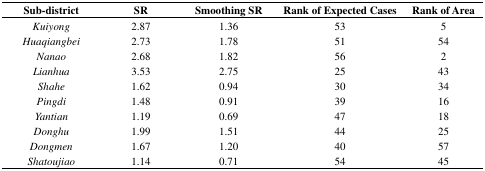
| Sub-district | SR | Smoothing SR | Rank of Expected Cases | Rank of Area |
 | --- | --- | --- | --- | --- |
 | Kuiyong | 2.87 | 1.36 | 53 | 5 |
 | Huaqiangbei | 2.73 | 1.78 | 51 | 54 |
 | Nanao | 2.68 | 1.82 | 56 | 2 |
 | Lianhua | 3.53 | 2.75 | 25 | 43 |
 | Shahe | 1.62 | 0.94 | 30 | 34 |
 | Pingdi | 1.48 | 0.91 | 39 | 16 |
 | Yantian | 1.19 | 0.69 | 47 | 18 |
 | Donghu | 1.99 | 1.51 | 44 | 25 |
 | Dongmen | 1.67 | 1.20 | 40 | 57 |
 | Shatoujiao | 1.14 | 0.71 | 54 | 45 |